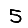
Digit: 5